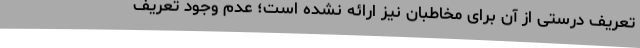
تعریف درستی از آن برای مخاطبان نیز ارائه نشده است؛ عدم وجود تعریف